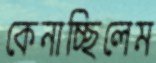
কেনাচ্ছিলেম